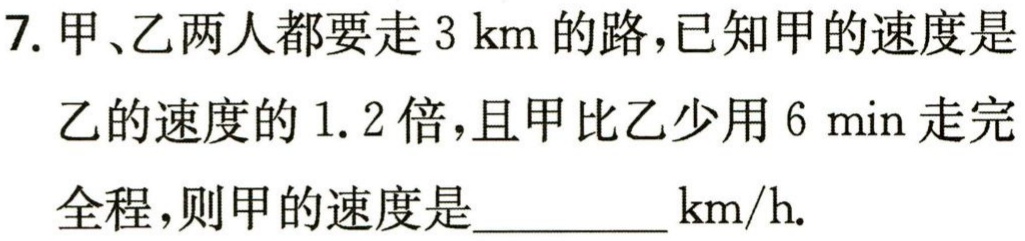
7. 甲、乙两人都要走\(3\mathrm{km}\)的路，已知甲的速度是

乙的速度的\(1.2\)倍，且甲比乙少用\(6\mathrm{min}\)走完全程，则甲的速度是_________ \(\mathrm{km/h}\).